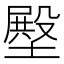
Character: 壂